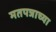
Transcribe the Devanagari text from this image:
मतपत्राच्या